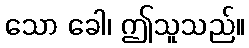
သော ခေါ၊ ဤသူသည်။